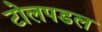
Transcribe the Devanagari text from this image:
टोलपडल